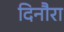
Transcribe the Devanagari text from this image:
दिनौरा